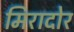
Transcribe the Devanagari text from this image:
मिरादोर